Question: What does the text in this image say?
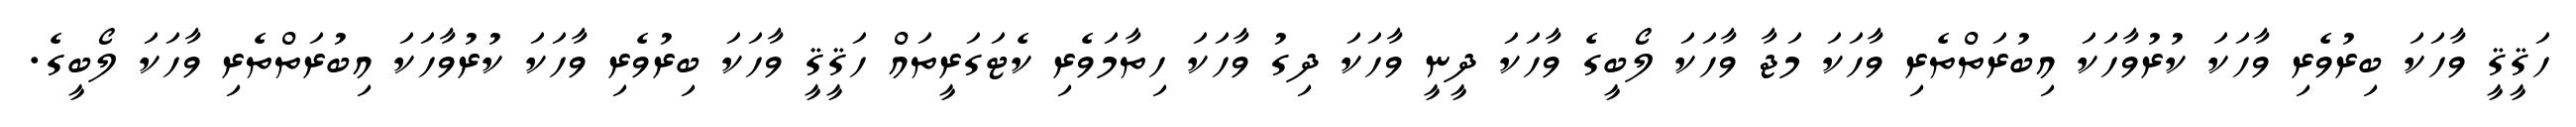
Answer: ހަޤީޤީ ވާހަކަ ބިރުވެރި ވާހަކަ ކުރުވާހަކަ އިބުރަތްތެރި ވާހަކަ މަޖާ ވާހަކަ ލޯބީގެ ވާހަކަ ދީނީ ވާހަކަ ދިގު ވާހަކަ ހިތާމަވެރި ކެޓަގަރީތައް ހަޤީޤީ ވާހަކަ ބިރުވެރި ވާހަކަ ކުރުވާހަކަ އިބުރަތްތެރި ވާހަކަ ލޯބީގެ.